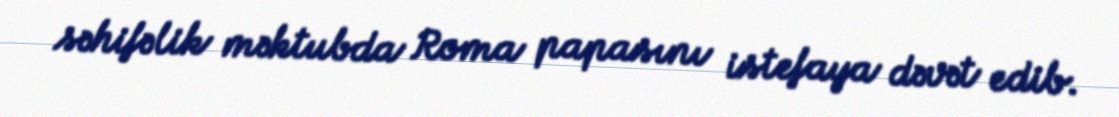
səhifəlik məktubda Roma papasını istefaya dəvət edib.